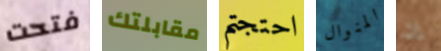
فتحت مقابلتك احتجتم المنوال إن